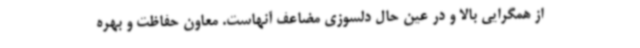
از همگرایی بالا و در عین حال دلسوزی مضاعف آنهاست. معاون حفاظت و بهره